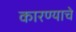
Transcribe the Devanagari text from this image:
कारण्याचे